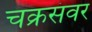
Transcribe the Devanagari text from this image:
चक्रसंवर